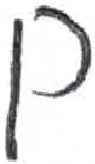
אות: ם